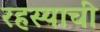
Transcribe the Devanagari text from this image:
रहस्याची